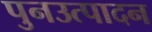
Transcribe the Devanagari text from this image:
पुनउत्पादन